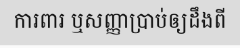
ការពារ ឬសញ្ញាប្រាប់ឲ្យដឹងពី